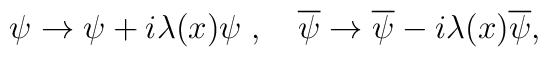
\psi\rightarrow \psi +i\lambda(x)\psi\;,\quad \overline\psi\rightarrow \overline\psi -i\lambda(x)\overline\psi ,